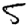
Digit: 5